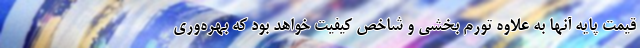
قیمت پایه آنها به علاوه تورم بخشی و شاخص کیفیت خواهد بود که بهره‌وری